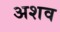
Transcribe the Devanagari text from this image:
अशव